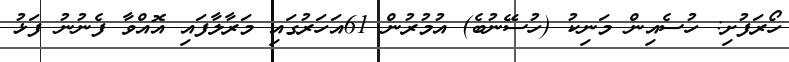
ހޯރަފުށި: ހުސެއިން މަނިކު (ހުސޭނުބެ) އުމުރުން 61އަހަރުގައި މަރާލާފައި އޮއްވާ ފެނުނު ފަޅު